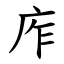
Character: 㡸